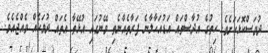
ދުވަސްކޮޅަކަށެވެ. ހިތުގެ އުދާސްތައް އަޑުއަހާލާނެ ފަރާތެއްނެތި ވޭނުގައި އުޅޭތާ އެތައް ދުވަހެއް ވެއްޖެއެވެ.